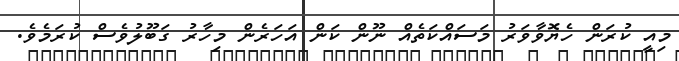
މިއީ ކުރަން ހެޔޮވާވަރު މަސައްކަތެއް ނޫން ކަން އަހަރެން މިހާރު ގަބޫލުވެސް ކުރަމެވެ.